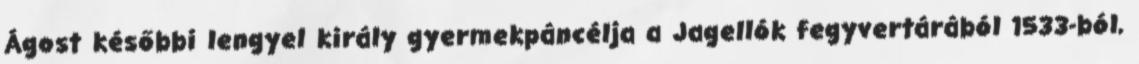
Ágost későbbi lengyel király gyermekpáncélja a Jagellók fegyvertárából 1533-ból,